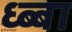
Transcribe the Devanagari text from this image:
ध्ब्बा